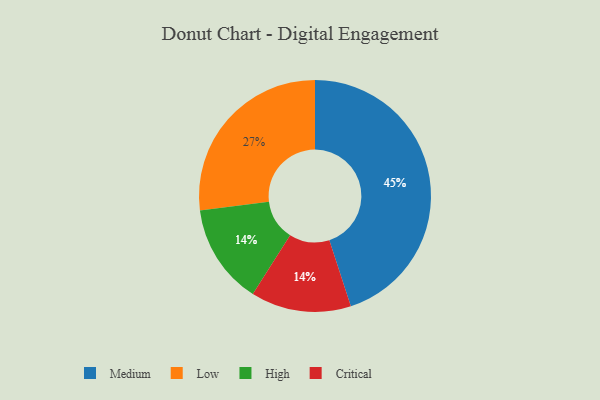
{"axis": {"x": "Category", "y": "Percentage"}, "legend": ["Critical", "High", "Low", "Medium"], "data": [{"x": "Low", "y": 27, "type": "Low"}, {"x": "Medium", "y": 45, "type": "Medium"}, {"x": "High", "y": 14, "type": "High"}, {"x": "Critical", "y": 14, "type": "Critical"}]}